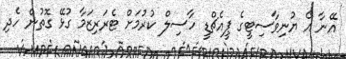
އޭނާ އެ ޔުނިވާސިޓީގެ ޕީއެޗްޑީ ހާސިލް ކުރުމަށް ޓެރަރިޒަމާ ގުޅޭ ގޮތުން ހެދި